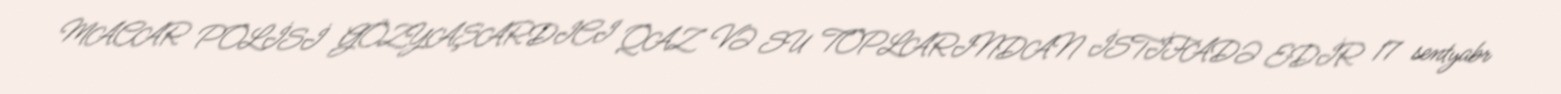
MACAR POLİSİ GÖZYAŞARDICI QAZ VƏ SU TOPLARINDAN İSTİFADƏ EDİR 17 sentyabr